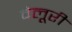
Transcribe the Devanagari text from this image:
वेलूरी